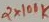
Text: 2X100K